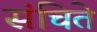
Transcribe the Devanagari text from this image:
संचिते